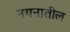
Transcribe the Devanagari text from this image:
नयनातील